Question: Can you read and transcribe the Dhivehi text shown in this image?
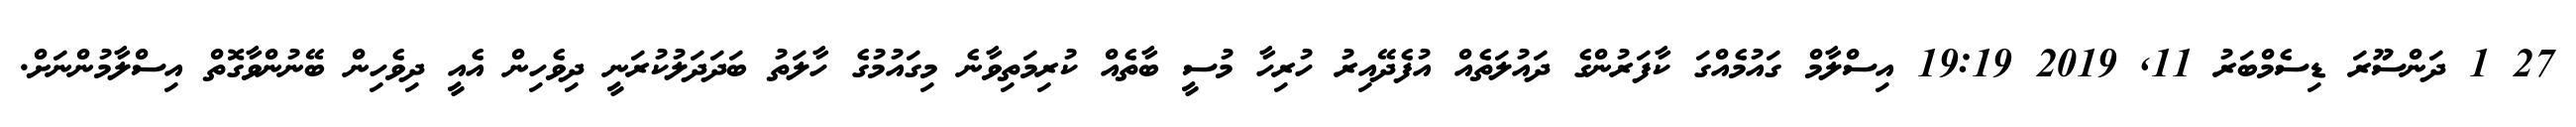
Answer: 27 1 ދަންސޫރަ ޑިސެމްބަރު 11, 2019 19:19 އިސްލާމް ގައުމެއްގަ ކާފަރުންގެ ދައުލަތެއް އުފެދޭއިރު ހުރިހާ މުސީ ބާތެއް ކުރިމަތިވާނެ މިގައުމުގެ ހާލަތު ބަދަދަލުކުރަނީ ދިވެހިން އެއީ ދިވެހިން ބޭނުންވާގޮތް އިސްލާމުންނަށް.